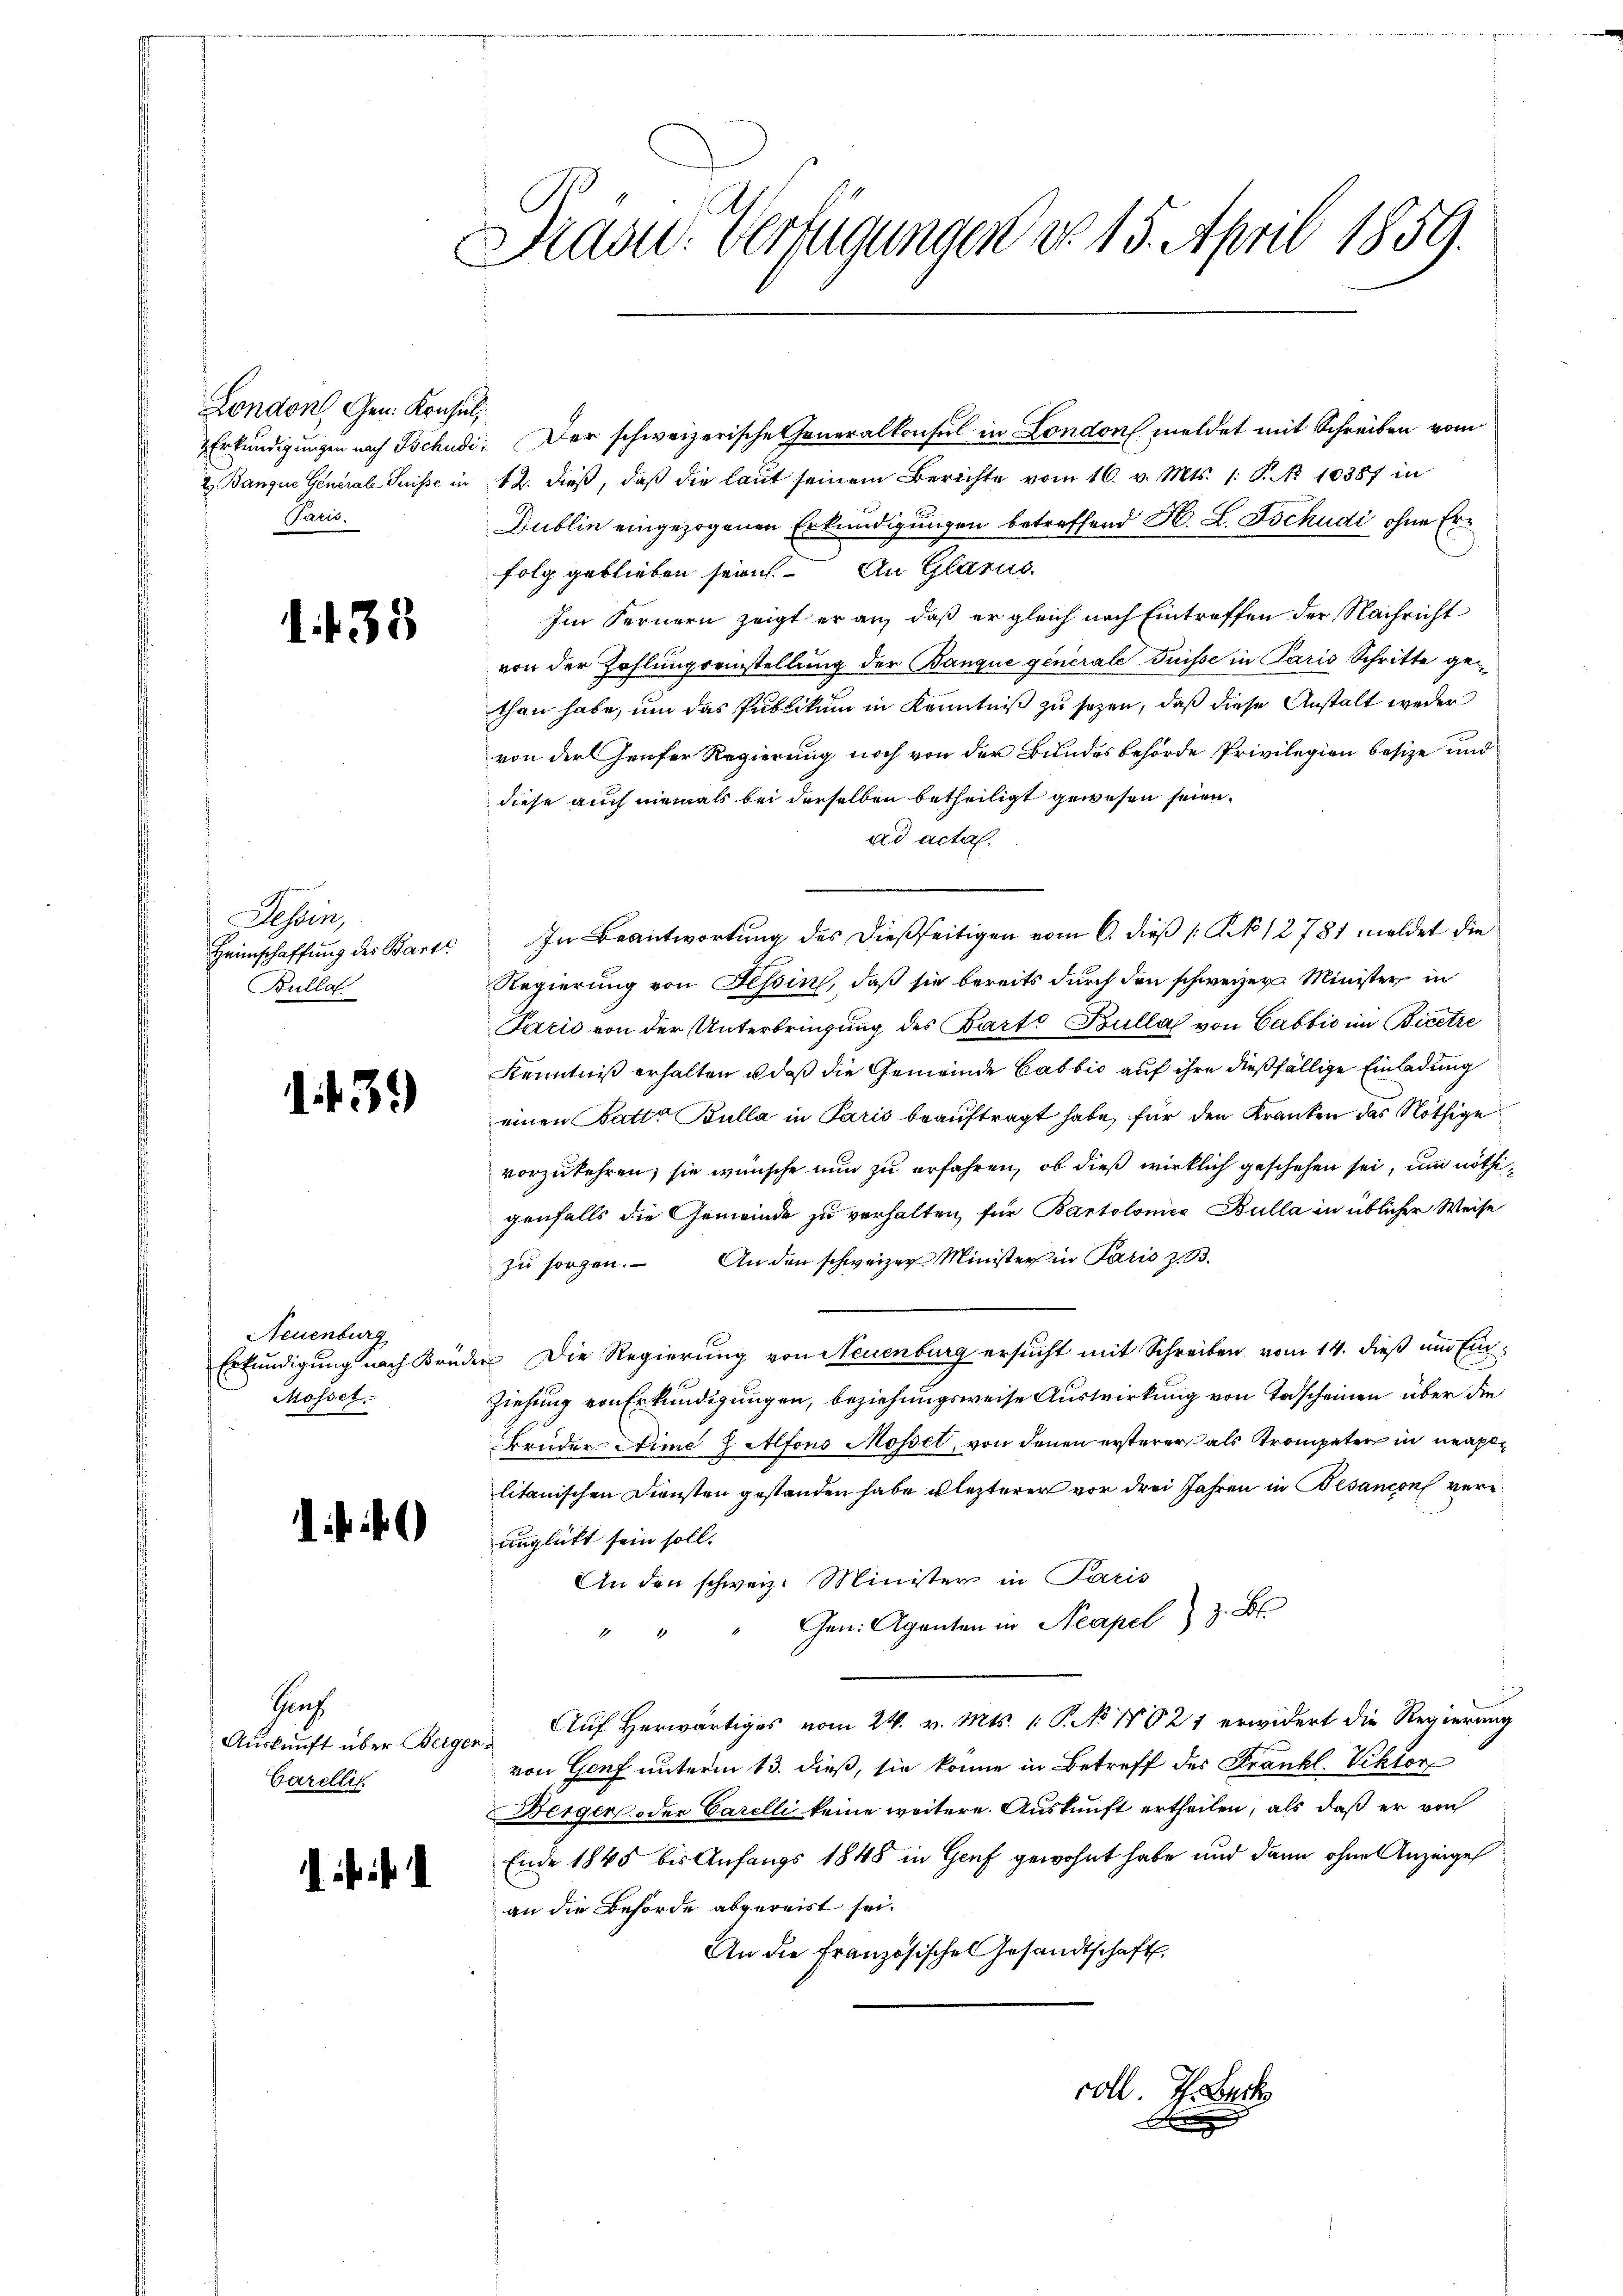
London, Gen. Konsul,
 Erkundigungen nach Tschudi
2 Banque General Suisse in
Pacis.

1. 133

Dessen,
Heimschaffung des Bart
Bulla

1439

Neuenburg
Erkundigung nach Bri
Mosset.

Juch
Auskunft über Berge
Carellis.

. . . .

Drasu: Verfügungen d. 15. April 1859.

Der schweizerische Generalkonsul in London meldet mit Schreiben vom
12. dieß, daß die laut seinem Berichte vom 16. v. Mts. (: P. Nr. 10387 in
Dublin eingezogenen Erkundigungen betreffend H. L. Tschudi ohne Erfolg geblieben sein. An Glarus
Im Fernern zeigt er an, daß er gleich nach Eintreffen der Nachricht
von der Zahlungseinstellung der Banque generale Duisse in Paris Schritte gethan habe, um das Publikum in Kenntniß zu sezen, daß diese Anstalt weder
von der Hauser Regierung noch von der Bundesbehörde Privilegien besitze und
diese auch niemals bei derselben betheiligt gewesen seien.
ad acta.
In Beantwortung des dießseitigen vom 6. dieß [K No 12781 meldet die
Regierung von Tessin, daß sie bereits durch den schweizer Minister in
Pario von der Unterbringung des Barte Bulla von Cabbić im Bieetre
Kenntniß erhalten u. daß die Gemeinde Cabbić auf ihre dießfällige Einladung
einen Satte Bulla in Paris beauftragt habe, für den Kranken das Nöthige
vorzukehren; sie wünsche nun zu erfahren, ob dieß wirklich geschehen sei, um nöthigenfalls die Gemeinde zu verhalten, für Bartolomea Bulla in üblicher Weise
zu sorgen. An den schweizer Minister in Paris z. B.
 Die Regierung von Neuenburg ersucht mit Schreiben vom 14. dieß um Ein¬
Ziehung von Erkundigungen, beziehungsweise Auswirkung von Todscheinen über die
Brüder Nime Z Alfons Mossel, von denen ersterer als Trompeter in neapolitanischen Diensten gestanden habe lezterer vor drei Jahren in Besandon verurglückt sein soll.
An den schweiz. Minister in Paris
Gen. Aganten in Neapel & z. B.
Auf herwärtiges vom 24. v. Mts. 1. P. No 1021 erwidert die Regierung
4
von Genf unterm 13. dieß, sie könne in Betreff des Frankl. Viktor
Berger oder Carelli keine weitere Auskunft ertheilen, als daß er von
Ende 1845 bis Anfangs 1848 in Genf gewohnt habe und dann ohne Anzeige
an die Behörde abgereist sei.
An die französische Gesandtschaft

coll. Th. Becke
D